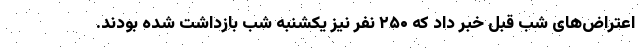
اعتراض‌های شب قبل خبر داد که ۲۵۰ نفر نیز یکشنبه شب بازداشت شده بودند.